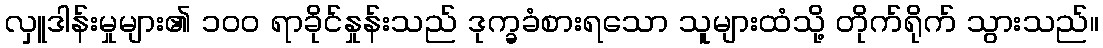
လှူဒါန်းမှုများ၏ ၁၀၀ ရာခိုင်နှုန်းသည် ဒုက္ခခံစားရသော သူများထံသို့ တိုက်ရိုက် သွားသည်။